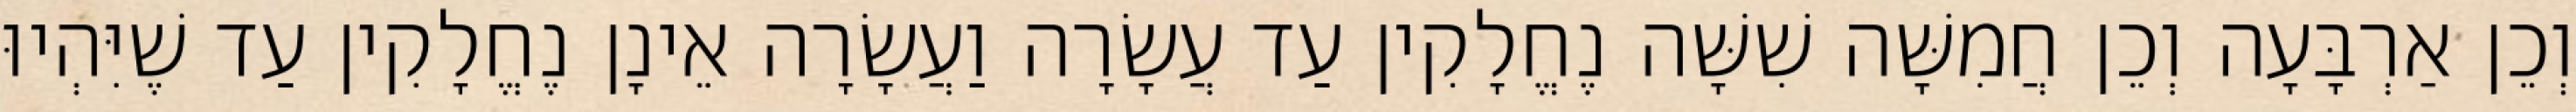
וְכֵן אַרְבָּעָה וְכֵן חֲמִשָּׁה שִׁשָּׁה נֶחֱלָקִין עַד עֲשָׂרָה וַעֲשָׂרָה אֵינָן נֶחֱלָקִין עַד שֶׁיִּהְיוּ